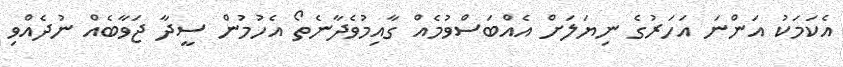
އެކަމަކު އަންނަ އަހަރުގެ ނިޔަލަށް އެއްބަސްވުމެއް ގާއިމުވެދާނެތޯ އެހުމުން ސީދާ ޖަވާބެއް ނުދެއްވި